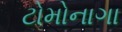
ટોમોનાગા